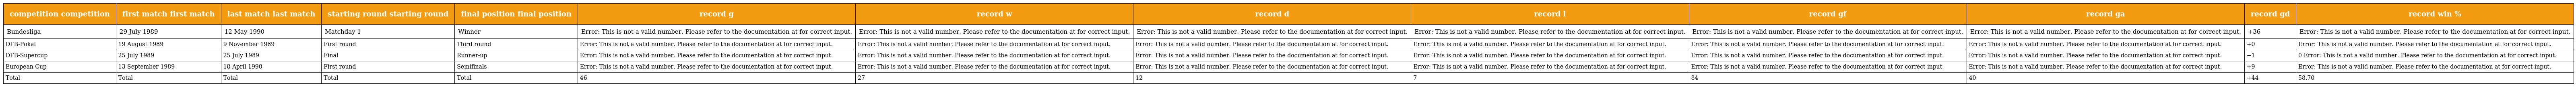
| competition competition | first match first match | last match last match | starting round starting round | final position final position | record g | record w | record d | record l | record gf | record ga | record gd | record win % |
 | --- | --- | --- | --- | --- | --- | --- | --- | --- | --- | --- | --- | --- |
 | Bundesliga | 29 July 1989 | 12 May 1990 | Matchday 1 | Winner | Error: This is not a valid number. Please refer to the documentation at for correct input. | Error: This is not a valid number. Please refer to the documentation at for correct input. | Error: This is not a valid number. Please refer to the documentation at for correct input. | Error: This is not a valid number. Please refer to the documentation at for correct input. | Error: This is not a valid number. Please refer to the documentation at for correct input. | Error: This is not a valid number. Please refer to the documentation at for correct input. | +36 | Error: This is not a valid number. Please refer to the documentation at for correct input. |
 | DFB-Pokal | 19 August 1989 | 9 November 1989 | First round | Third round | Error: This is not a valid number. Please refer to the documentation at for correct input. | Error: This is not a valid number. Please refer to the documentation at for correct input. | Error: This is not a valid number. Please refer to the documentation at for correct input. | Error: This is not a valid number. Please refer to the documentation at for correct input. | Error: This is not a valid number. Please refer to the documentation at for correct input. | Error: This is not a valid number. Please refer to the documentation at for correct input. | +0 | Error: This is not a valid number. Please refer to the documentation at for correct input. |
 | DFB-Supercup | 25 July 1989 | 25 July 1989 | Final | Runner-up | Error: This is not a valid number. Please refer to the documentation at for correct input. | Error: This is not a valid number. Please refer to the documentation at for correct input. | Error: This is not a valid number. Please refer to the documentation at for correct input. | Error: This is not a valid number. Please refer to the documentation at for correct input. | Error: This is not a valid number. Please refer to the documentation at for correct input. | Error: This is not a valid number. Please refer to the documentation at for correct input. | −1 | 0 Error: This is not a valid number. Please refer to the documentation at for correct input. |
 | European Cup | 13 September 1989 | 18 April 1990 | First round | Semifinals | Error: This is not a valid number. Please refer to the documentation at for correct input. | Error: This is not a valid number. Please refer to the documentation at for correct input. | Error: This is not a valid number. Please refer to the documentation at for correct input. | Error: This is not a valid number. Please refer to the documentation at for correct input. | Error: This is not a valid number. Please refer to the documentation at for correct input. | Error: This is not a valid number. Please refer to the documentation at for correct input. | +9 | Error: This is not a valid number. Please refer to the documentation at for correct input. |
 | Total | Total | Total | Total | Total | 46 | 27 | 12 | 7 | 84 | 40 | +44 | 58.70 |